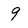
Character: 9